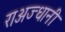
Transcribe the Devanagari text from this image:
राअज्धानी